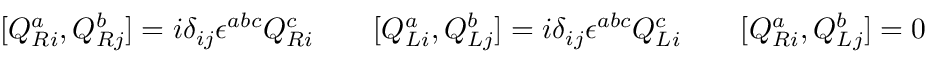
[ Q _ { R i } ^ { a } , Q _ { R j } ^ { b } ] = i \delta _ { i j } \epsilon ^ { a b c } Q _ { R i } ^ { c } \qquad [ Q _ { L i } ^ { a } , Q _ { L j } ^ { b } ] = i \delta _ { i j } \epsilon ^ { a b c } Q _ { L i } ^ { c } \qquad [ Q _ { R i } ^ { a } , Q _ { L j } ^ { b } ] = 0